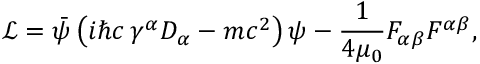
{ \mathcal { L } } = { \bar { \psi } } \left( i \hbar c \, \gamma ^ { \alpha } D _ { \alpha } - m c ^ { 2 } \right) \psi - { \frac { 1 } { 4 \mu _ { 0 } } } F _ { \alpha \beta } F ^ { \alpha \beta } ,